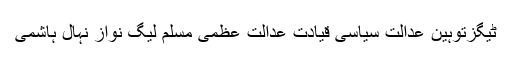
ٹیگزتوہین عدالت سیاسی قیادت عدالت عظمی مسلم لیگ نواز نہال ہاشمی